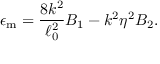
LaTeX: \epsilon _ { \mathrm { m } } = { \frac { 8 k ^ { 2 } } { \ell _ { 0 } ^ { 2 } } } B _ { 1 } - k ^ { 2 } \eta ^ { 2 } B _ { 2 } .